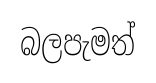
බලපැමත්